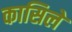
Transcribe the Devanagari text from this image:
कासिले